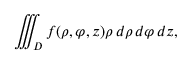
\iiint _ { D } f ( \rho , \varphi , z ) \rho \, d \rho \, d \varphi \, d z ,